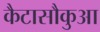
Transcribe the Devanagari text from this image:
कैटासौकुआ